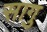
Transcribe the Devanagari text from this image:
सागु